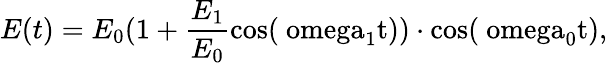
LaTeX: E(t)=E_{0}(1+\frac{E_{1}}{E_{0}}\mathrm{{cos}(\ omega_{1}t))\cdot\mathrm{{cos}(\ omega_{0}t),}}